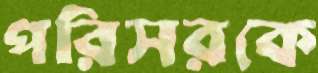
পরিসরকে